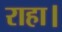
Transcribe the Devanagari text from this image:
राहा।